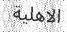
الاهلیة